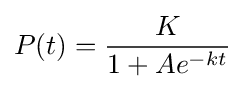
P(t)={\frac {K}{1+Ae^{-kt}}}